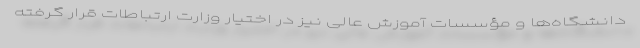
دانشگاه‌ها و مؤسسات آموزش عالی نیز در اختیار وزارت ارتباطات قرار گرفته